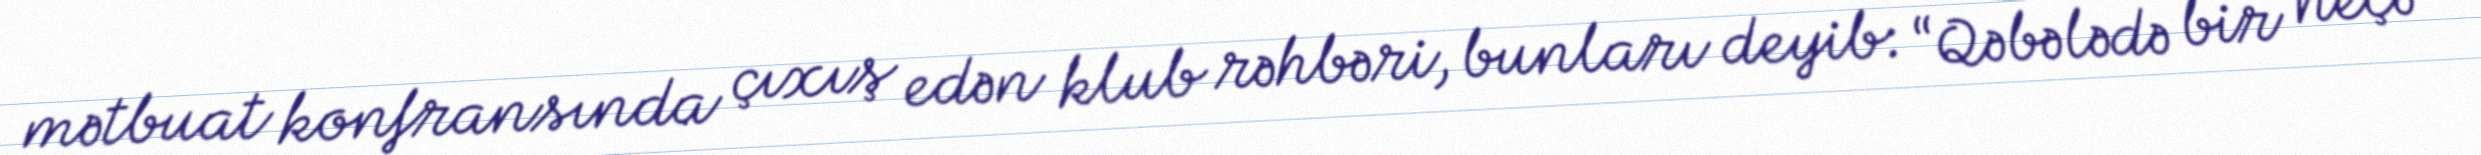
mətbuat konfransında çıxış edən klub rəhbəri, bunları deyib: “Qəbələdə bir neçə